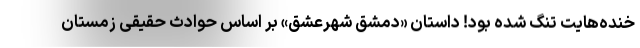
خنده‌هایت تنگ شده بود! داستان «دمشق شهرعشق» بر اساس حوادث حقیقی زمستان